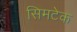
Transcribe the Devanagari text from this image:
सिमटेक